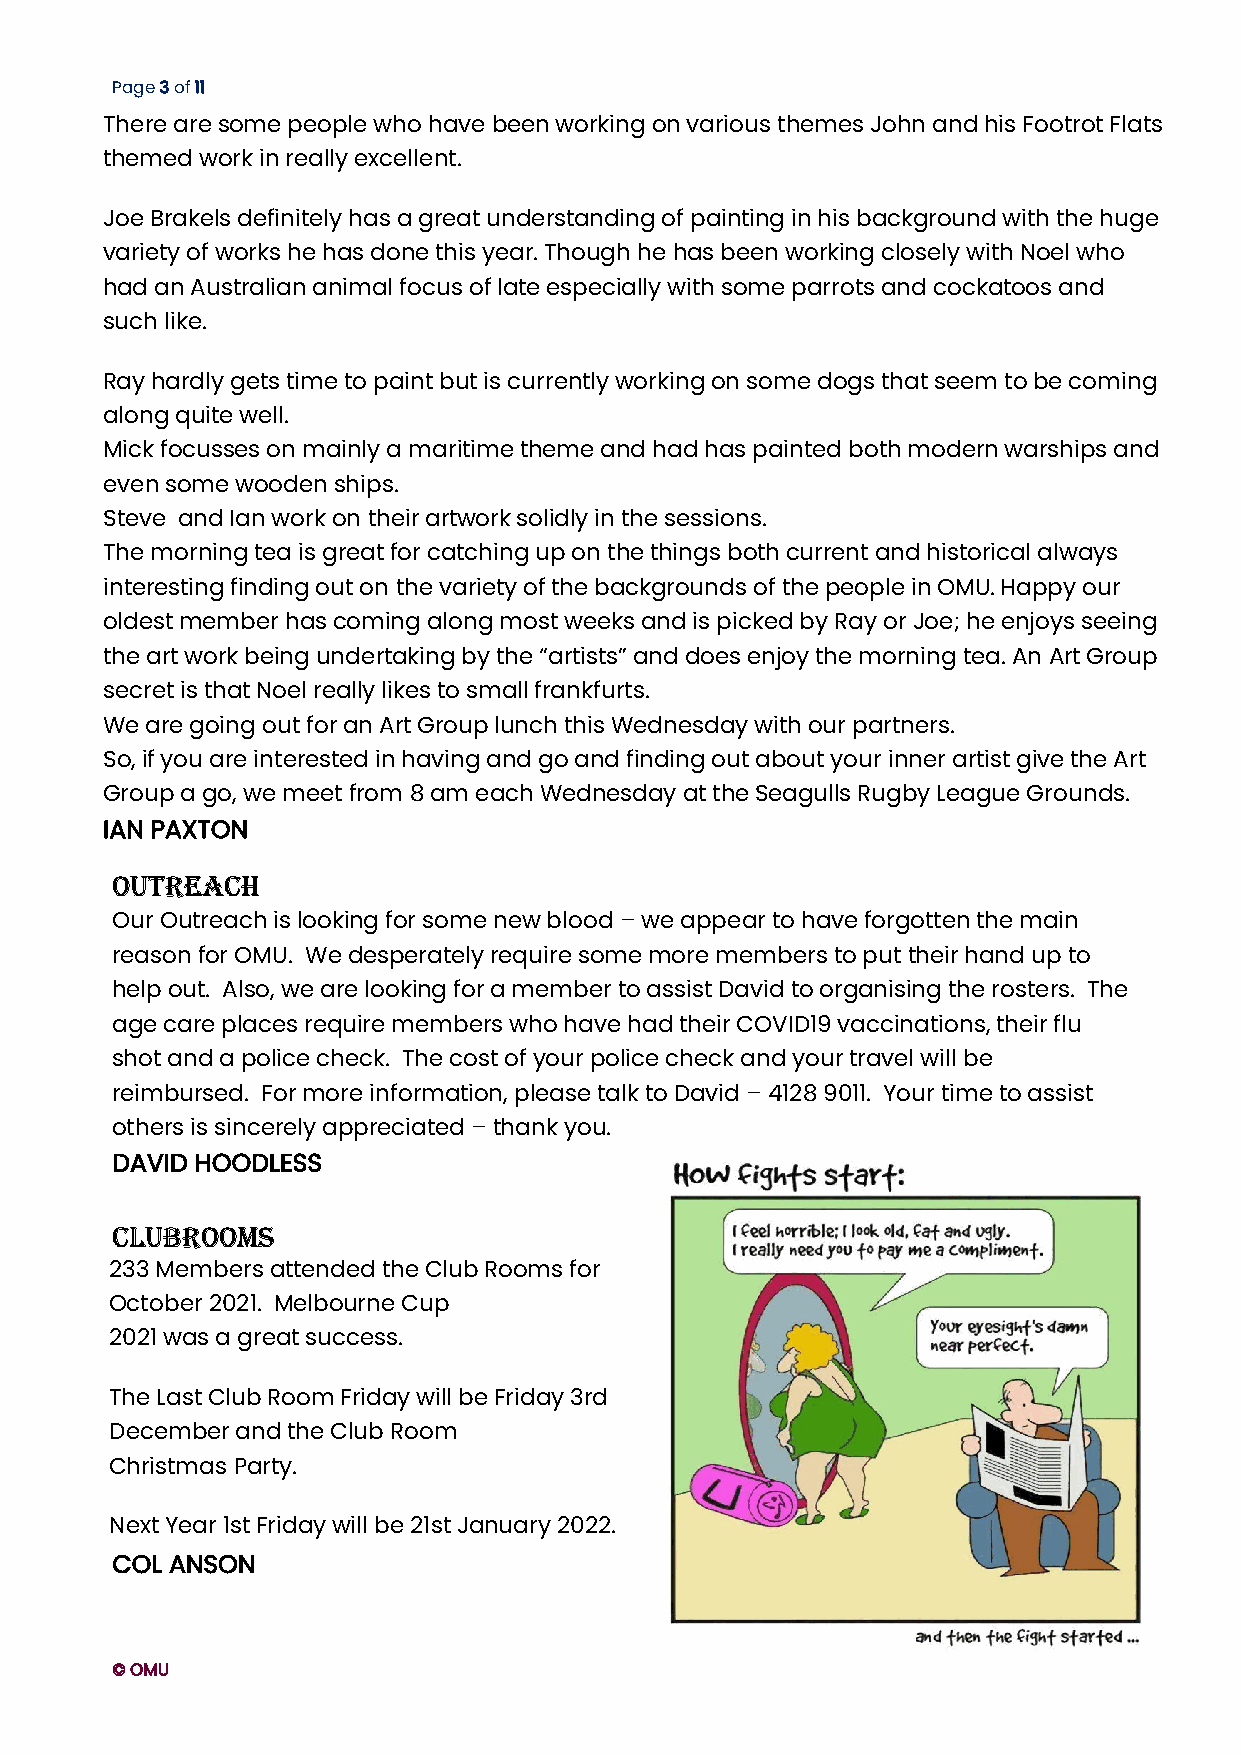
Page 3 of 11
 T here are some people who have been working on various themes John and his Footrot Flats
 th emed work in really excellent.
 Joe Brakels definitely has a great understanding of painting in his background with the huge
 variety of works he has done this year. Though he has been working closely with Noel who
 had an Australian animal focus of late especially with some parrots and cockatoos and
 such like.
 Ray hardly gets time to paint but is currently working on some dogs that seem to be coming
 along quite well.
 Mick focusses on mainly a maritime theme and had has painted both modern warships and
 even some wooden ships.
 Steve and Ian work on their artwork solidly in the sessions.
 The morning tea is great for catching up on the things both current and historical always
 interesting finding out on the variety of the backgrounds of the people in OMU. Happy our
 oldest member has coming along most weeks and is picked by Ray or Joe; he enjoys seeing
 the art work being undertaking by the “artists” and does enjoy the morning tea. An Art Group
 secret is that Noel really likes to small frankfurts.
 We are going out for an Art Group lunch this Wednesday with our partners.
 So, if you are interested in having and go and finding out about your inner artist give the Art
 Group a go, we meet from 8 am each Wednesday at the Seagulls Rugby League Grounds.
 IAN PAXTON
 OUTREACH
 Our Outreach is looking for some new blood – we appear to have forgotten the main
 reason for OMU. We desperately require some more members to put their hand up to
 help out. Also, we are looking for a member to assist David to organising the rosters. The
 age care places require members who have had their COVID19 vaccinations, their flu
 shot and a police check. The cost of your police check and your travel will be
 reimbursed. For more information, please talk to David – 4128 9011. Your time to assist
 others is sincerely appreciated – thank you.
 DAVID HOODLESS
 CLUBROOMS
 2 33 Members attended the Club Rooms for
 O ctober 2021. Melbourne Cup
 2021 was a great success.
 The Last Club Room Friday will be Friday 3rd
 December and the Club Room
 C hristmas Party.
 N ext Year 1st Friday will be 21st January 2022.
 COL ANSON
 © OMU